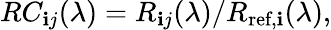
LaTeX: RC_{\mathbf{i}j}(\lambda)=R_{\mathbf{i}j}(\lambda)/R_{\textrm{{ref}},\mathbf{i}}(\lambda),